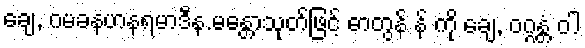
ချေ, ဂမခနဟနရမာဒီန.မန္တောသုတ်ဖြင့် ဓာတွန် န် ကို ချေ, ဝဂ္ဂန္တံ ဝါ